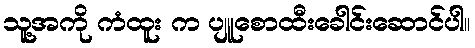
သူ့အကို ကံထူး က ပျူစောထီးခေါင်းဆောင်ပါ။